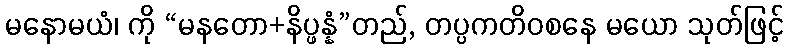
မနောမယံ၊ ကို “မနတော+နိပ္ဖန္နံ”တည်, တပ္ပကတိဝစနေ မယော သုတ်ဖြင့်